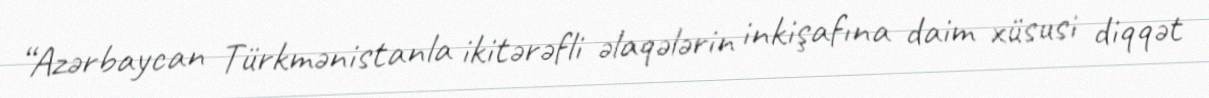
“Azərbaycan Türkmənistanla ikitərəfli əlaqələrin inkişafına daim xüsusi diqqət